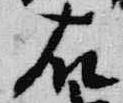
右